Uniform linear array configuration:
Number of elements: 64
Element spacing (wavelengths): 0.25
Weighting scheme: cosine
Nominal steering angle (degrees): -15
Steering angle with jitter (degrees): -16.595
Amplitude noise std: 0.05
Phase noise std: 0.05

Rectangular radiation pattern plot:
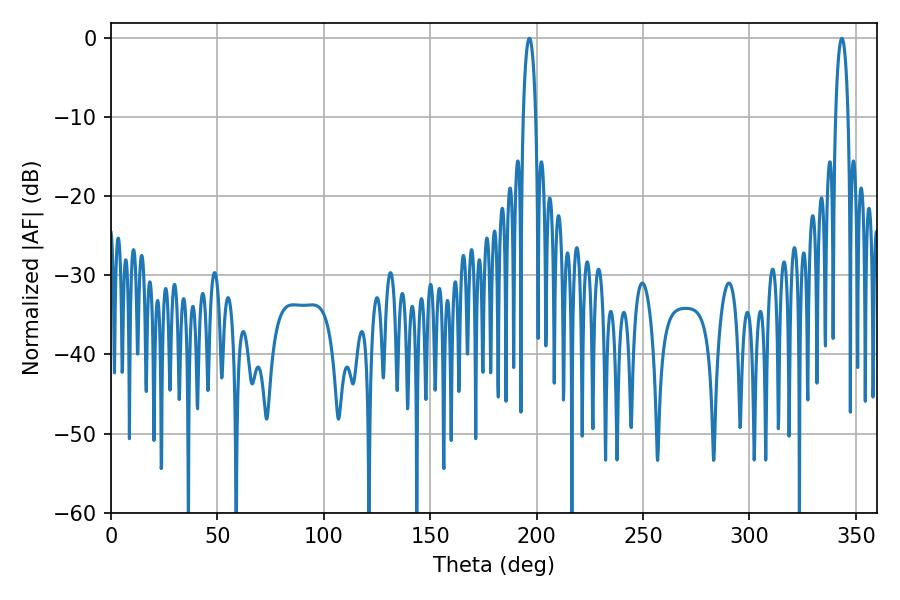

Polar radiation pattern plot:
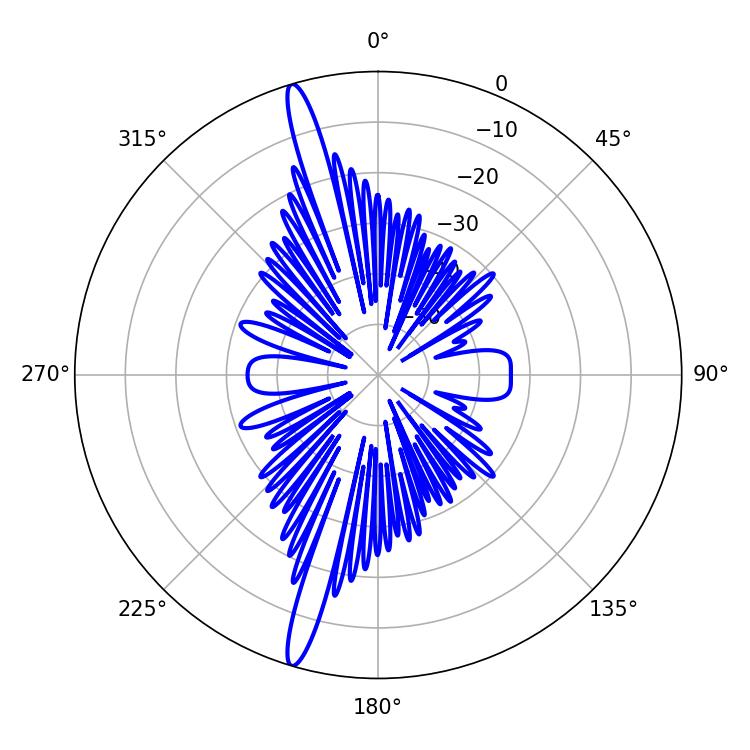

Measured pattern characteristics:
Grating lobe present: FALSE
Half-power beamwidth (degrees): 3.24
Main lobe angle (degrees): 196.56